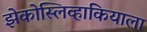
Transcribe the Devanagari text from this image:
झेकोस्लिव्हाकियाला